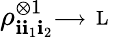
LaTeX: \rho_{\mathbf{i}\mathbf{i}_{1}\mathbf{i}_{2}}^{\otimes1}\substack{\longrightarrow\, \mathrm{{~L~}}}